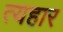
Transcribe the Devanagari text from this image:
त्यहार